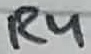
Text: R4